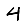
Digit: 4